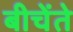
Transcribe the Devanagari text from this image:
बीचेंते